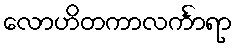
လောဟိတကာလင်္ကာရာ